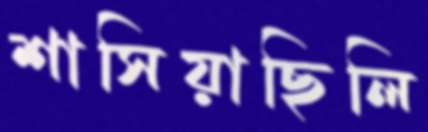
শাসিয়াছিলি